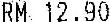
RM 12.90